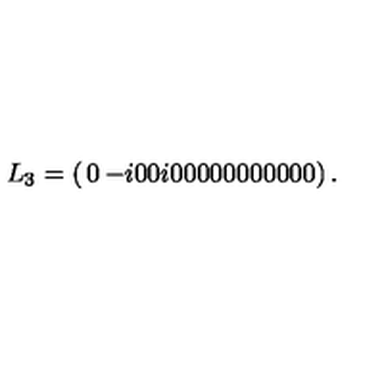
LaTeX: L _ { 3 } = \left( \begin{matrix} { 0 } & { - i } & { 0 } & { 0 } \\ { i } & { 0 } & { 0 } & { 0 } \\ { 0 } & { 0 } & { 0 } & { 0 } \\ { 0 } & { 0 } & { 0 } & { 0 } \\ \end{matrix} \right) .